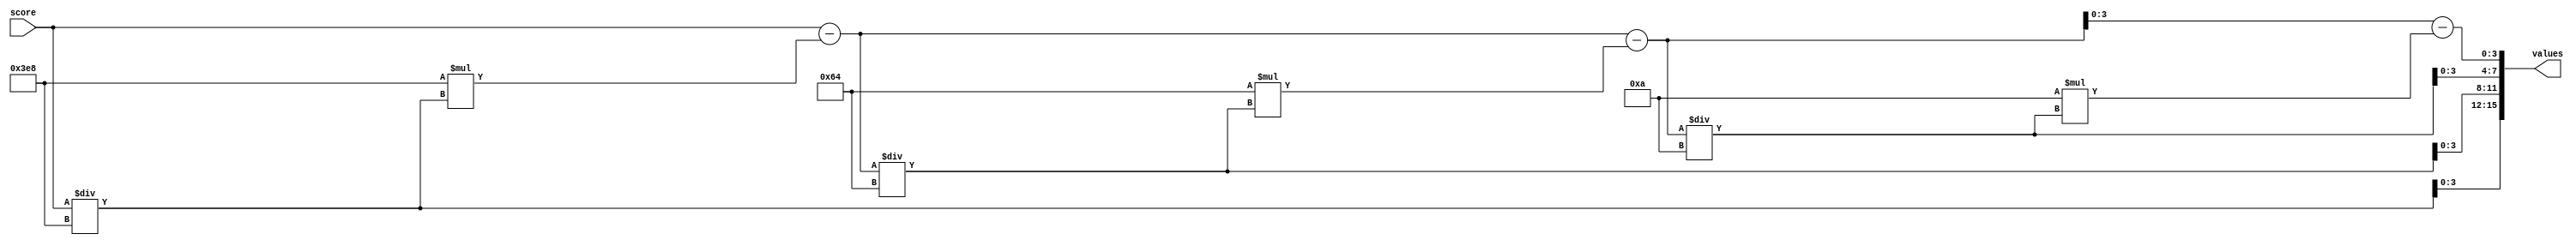
/*
   This file was generated automatically by the Mojo IDE version B1.3.6.
   Do not edit this file directly. Instead edit the original Lucid source.
   This is a temporary file and any changes made to it will be destroyed.
*/

module scoretoseg_10 (
    input [15:0] score,
    output reg [15:0] values
  );
  
  
  
  reg [15:0] a;
  
  reg [15:0] arem;
  
  reg [15:0] b;
  
  reg [15:0] brem;
  
  reg [15:0] c;
  
  reg [15:0] d;
  
  always @* begin
    a = score / 10'h3e8;
    arem = score - (10'h3e8 * a);
    b = arem / 7'h64;
    brem = arem - (7'h64 * b);
    c = brem / 4'ha;
    d = brem - (4'ha * c);
    values = {a[0+3-:4], b[0+3-:4], c[0+3-:4], d[0+3-:4]};
  end
endmodule